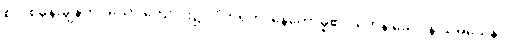
စုလစ်မွန်းချွန်တပ်သော ကျောင်း၌။ ဝိဟရတိ၊ နေတော်မူ၏။ တေန ခေါ ပန သမယေန၊